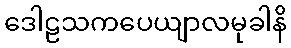
ဒေါဠသကပေယျာလမုခါနိ